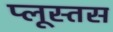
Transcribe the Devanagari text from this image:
प्लूस्तस